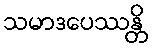
သမာဒပေဿန္တိ